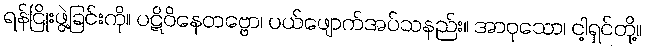
ရန်ငြိုးဖွဲ့ခြင်းကို။ ပဋိဝိနေတဗ္ဗော၊ ပယ်ဖျောက်အပ်သနည်း။ အာဝုသော၊ ငါ့ရှင်တို့။